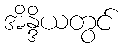
အိန္ဒိယတွင်